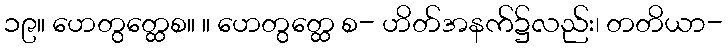
၁၉။ ဟေတွတ္ထေစ။ ။ ဟေတွတ္ထေ စ- ဟိတ်အနက်၌လည်း၊ တတိယာ-